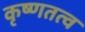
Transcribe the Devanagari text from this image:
कृष्णतत्व